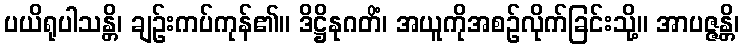
ပယိရုပါသန္တိ၊ ချဉ်းကပ်ကုန်၏။ ဒိဋ္ဌိနုဂတိံ၊ အယူကိုအစဉ်လိုက်ခြင်းသို့။ အာပဇ္ဇန္တိ၊